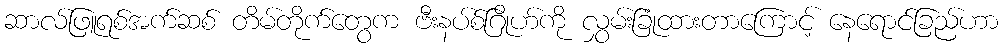
ဆာလ်ဖြူရစ်အက်ဆစ် တိမ်တိုက်တွေက ဗီးနပ်စ်ဂြိုဟ်ကို လွှမ်းခြုံထားတာကြောင့် နေရောင်ခြည်ဟာ